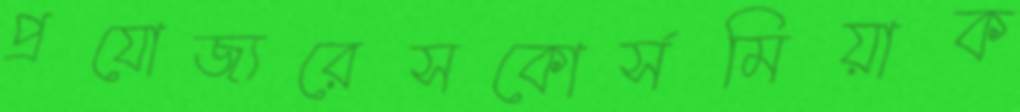
প্রযোজ্যরেসকোর্সমিয়াক